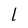
Character: 1